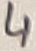
Text: 4